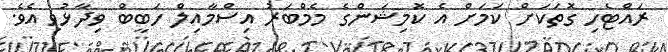
ރައްޓެހި ގޮތަކަށް ކަމަށް އެ ކޮމިޝަންގެ މެމްބަރު އިސްމާއިލް ހަބީބް ވިދާޅުވި އެވެ.